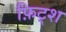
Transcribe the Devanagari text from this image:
फ़िट्श